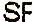
SF